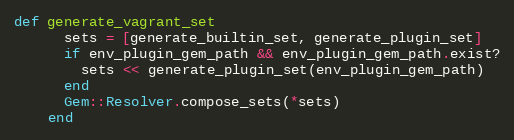
Language: Ruby
def generate_vagrant_set
      sets = [generate_builtin_set, generate_plugin_set]
      if env_plugin_gem_path && env_plugin_gem_path.exist?
        sets << generate_plugin_set(env_plugin_gem_path)
      end
      Gem::Resolver.compose_sets(*sets)
    end